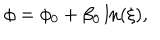
\phi = \phi _ { 0 } + \beta _ { 0 } \ln ( \xi ) ,